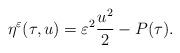
LaTeX: \begin{align*}\eta^{\varepsilon}(\tau,u)=\varepsilon^{2}\frac{u^{2}}{2}-P(\tau).\end{align*}